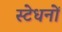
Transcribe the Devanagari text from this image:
स्टेधनों